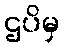
ဌပိမှ